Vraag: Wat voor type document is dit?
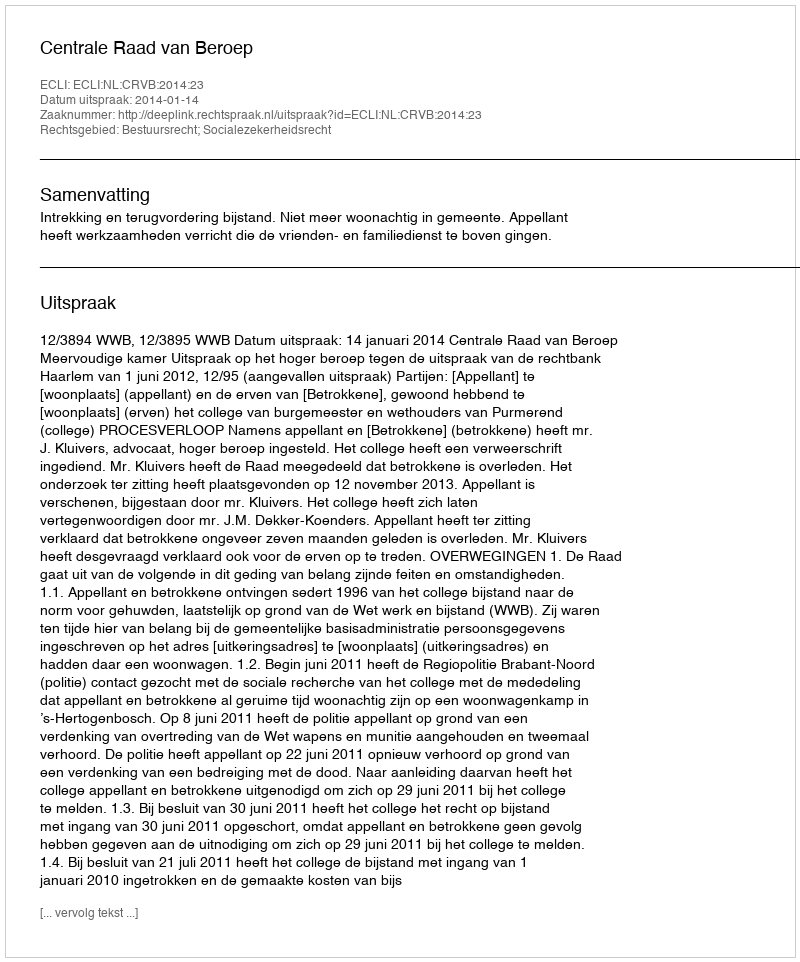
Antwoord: Uitspraak